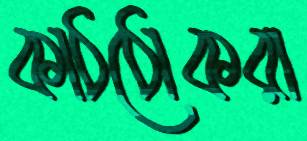
কাঠঠোকরা